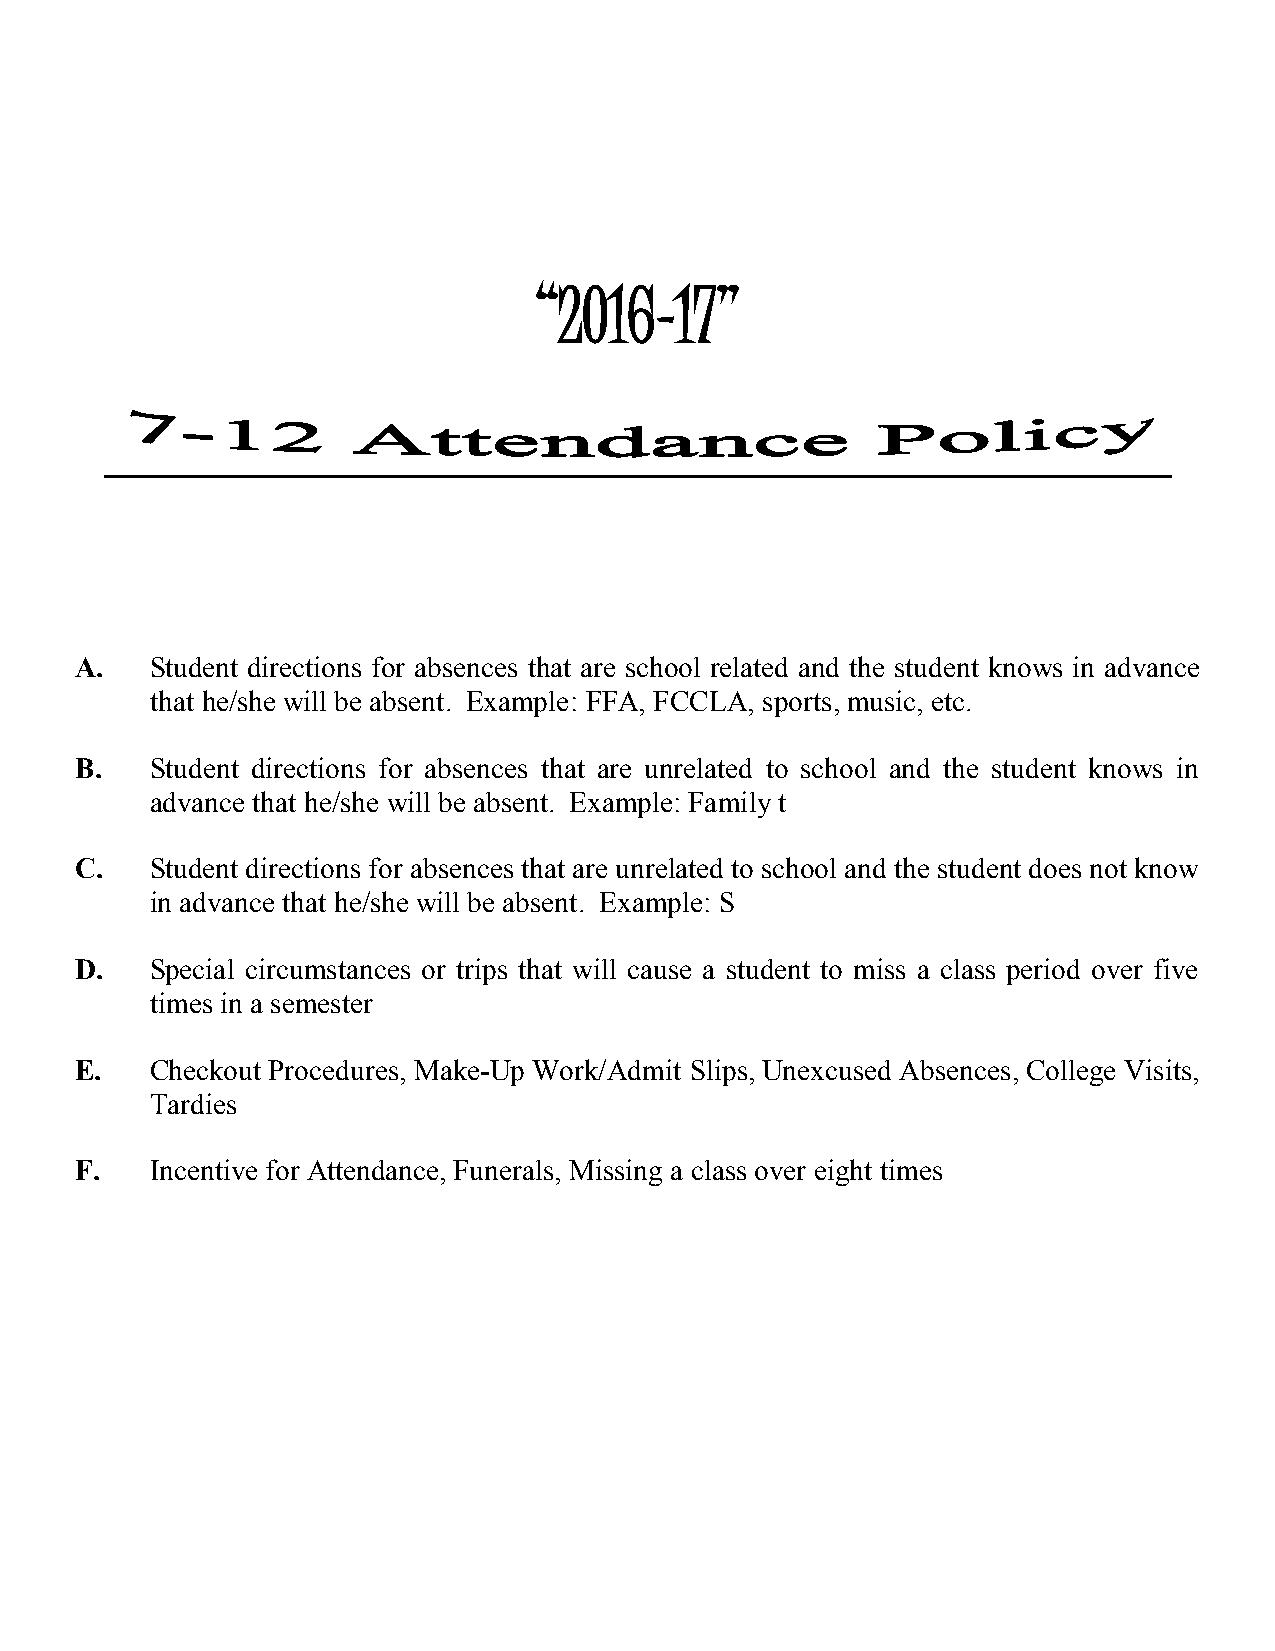
“2016-17”
 A.   Student directions for absences that are school related and the student knows in advance
 that he/she will be absent. Example: FFA, FCCLA, sports, music, etc.
 B.   Student directions for absences that are unrelated to school and the student knows in
 advance that he/she will be absent. Example: Family t
 C.   Student directions for absences that are unrelated to school and the student does not know
 in advance that he/she will be absent. Example: S
 D.   Special circumstances or trips that will cause a student to miss a class period over five
 times in a semester
 E.   Checkout Procedures, Make-Up Work/Admit Slips, Unexcused Absences, College Visits,
 Tardies
 F.   Incentive for Attendance, Funerals, Missing a class over eight times